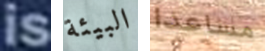
is البيئة مساعدا